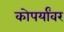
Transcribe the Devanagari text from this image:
कोपर्यांवर